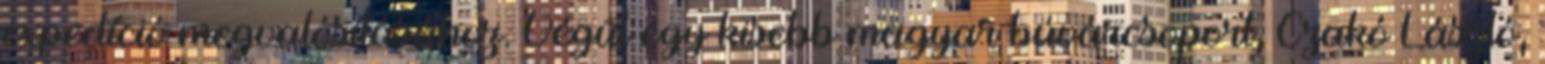
expedíció megvalósításához. Végül egy kisebb magyar búvárcsoport, Czakó László,